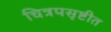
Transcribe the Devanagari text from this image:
चित्रपसृष्टीत